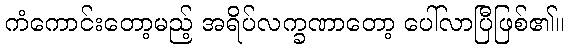
ကံကောင်းတော့မည့် အရိပ်လက္ခဏာတော့ ပေါ်လာပြီဖြစ်၏။